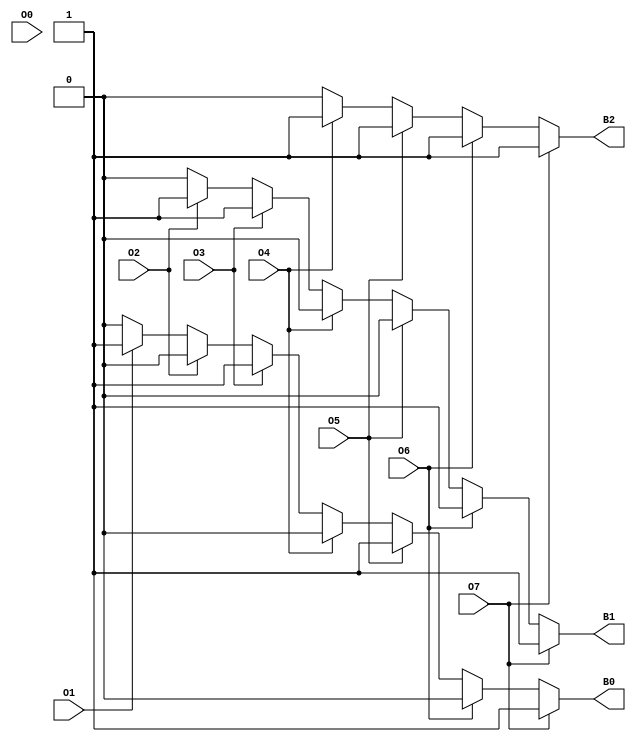
module octal_to_binary_encoder (
    input wire O0,
    input wire O1,
    input wire O2,
    input wire O3,
    input wire O4,
    input wire O5,
    input wire O6,
    input wire O7,
    output reg B2,
    output reg B1,
    output reg B0
);

    always @(*) begin
        // Default output for invalid case (none active)
        B2 = 1'b0;
        B1 = 1'b0;
        B0 = 1'b0;

        // Encode based on the highest priority active input
        if (O7) begin
            B2 = 1'b1; B1 = 1'b1; B0 = 1'b1; // 111
        end else if (O6) begin
            B2 = 1'b1; B1 = 1'b1; B0 = 1'b0; // 110
        end else if (O5) begin
            B2 = 1'b1; B1 = 1'b0; B0 = 1'b1; // 101
        end else if (O4) begin
            B2 = 1'b1; B1 = 1'b0; B0 = 1'b0; // 100
        end else if (O3) begin
            B2 = 1'b0; B1 = 1'b1; B0 = 1'b1; // 011
        end else if (O2) begin
            B2 = 1'b0; B1 = 1'b1; B0 = 1'b0; // 010
        end else if (O1) begin
            B2 = 1'b0; B1 = 1'b0; B0 = 1'b1; // 001
        end else if (O0) begin
            B2 = 1'b0; B1 = 1'b0; B0 = 1'b0; // 000
        end
    end

endmodule